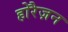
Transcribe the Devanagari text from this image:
होरैज़न